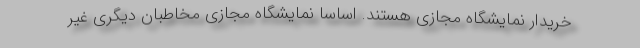
خریدار نمایشگاه مجازی هستند. اساسا نمایشگاه مجازی مخاطبان دیگری غیر